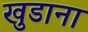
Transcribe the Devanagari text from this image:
खुडाना